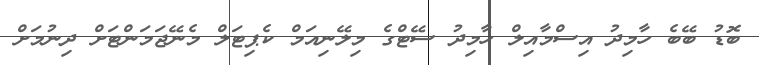
ބޮޑު ބޭބެ ހާމިދު އިސްމާއިލް ހާމިދު ސޭޓްގެ މިލޭނިއަމް ކެޕިޓަލް މެނޭޖަމަންޓަށް ދިނުމަށް